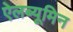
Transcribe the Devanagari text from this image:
ऐलब्यूमिन